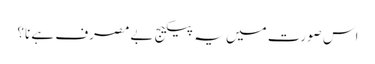
اس صورت میں یہ پیکیج بےمصرف ہے نا؟